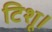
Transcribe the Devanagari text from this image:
टिशू।